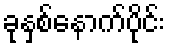
ခုနှစ်နောက်ပိုင်း